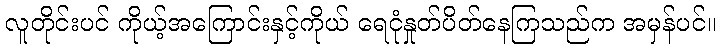
လူတိုင်းပင် ကိုယ့်အကြောင်းနှင့်ကိုယ် ရေငုံနှုတ်ပိတ်နေကြသည်က အမှန်ပင်။